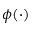
\phi ( \cdot )